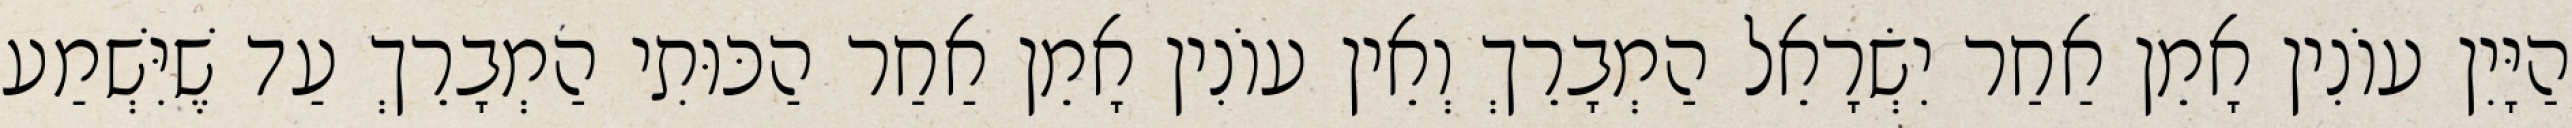
הַיָּיִן עוֹנִין אָמֵן אַחַר יִשְׂרָאֵל הַמְבָרֵךְ וְאֵין עוֹנִין אָמֵן אַחַר הַכּוּתִי הַמְבָרֵךְ עַד שֶׁיִּשְׁמַע